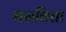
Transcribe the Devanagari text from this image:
बसविता